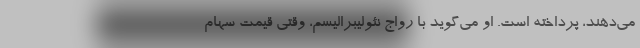
می‌دهند، پرداخته است. او می‌گوید با رواج نئولیبرالیسم، وقتی قیمت سهام